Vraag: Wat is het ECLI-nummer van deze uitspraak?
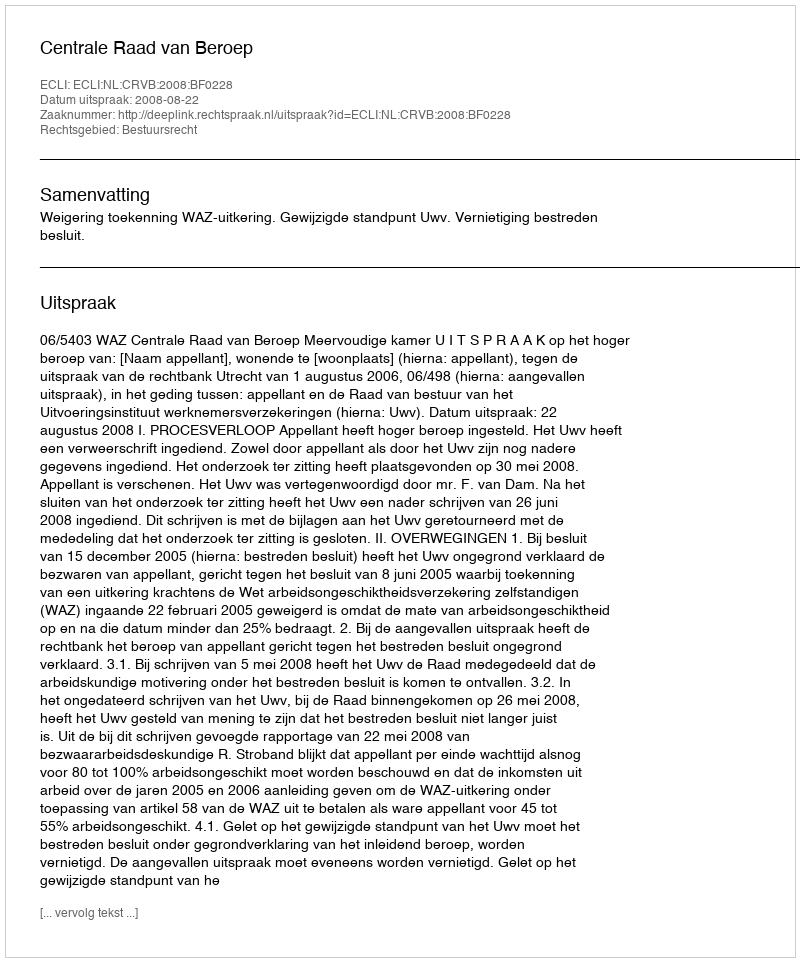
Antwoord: ECLI:NL:CRVB:2008:BF0228